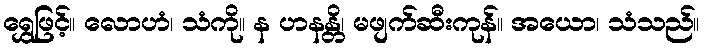
ရွှေဖြင့်။ လောဟံ၊ သံကို။ န ဟနန္တိ၊ မဖျက်ဆီးကုန်။ အယော၊ သံသည်။